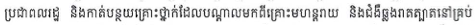
ប្រជាពលរដ្ឋ និងកាត់បន្ថយគ្រោះថ្នាក់ដែលបណ្តាលមកពីគ្រោះមហន្តរាយ និងជំងឺឆ្លងរាគត្បាតនៅគ្រប់